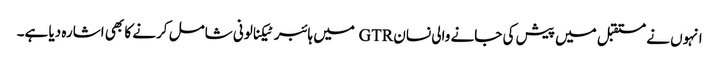
انہوں نے مستقبل میں پیش کی جانے والی نسان GTR میں ہائبر ٹیکنالونی شامل کرنے کا بھی اشارہ دیا ہے۔